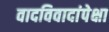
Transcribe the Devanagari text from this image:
वादविवादांपेक्षा